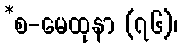
*စ-မေထုနာ (၇၆)၊